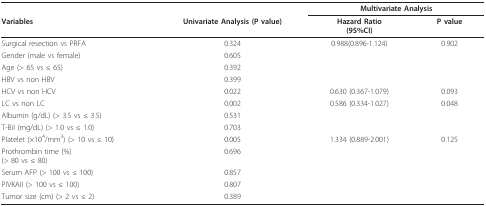
|  |  | <COLSPAN=2> Multivariate Analysis |
 | Variables | Univariate Analysis (P value) | Hazard Ratio(95%CI) | P value |
 | --- | --- | --- | --- |
 | Surgical resection vs PRFA | 0.324 | 0.988(0.896-1.124) | 0.902 |
 | Gender (male vs female) | 0.605 |  |  |
 | Age (> 65 vs ≤ 65) | 0.392 |  |  |
 | HBV vs non HBV | 0.399 |  |  |
 | HCV vs non HCV | 0.022 | 0.630 (0.367-1.079) | 0.093 |
 | LC vs non LC | 0.002 | 0.586 (0.334-1.027) | 0.048 |
 | Albumin (g/dL) (> 3.5 vs ≤ 3.5) | 0.531 |  |  |
 | T-Bil (mg/dL) (> 1.0 vs ≤ 1.0) | 0.703 |  |  |
 | Platelet (×104/mm3) (> 10 vs ≤ 10) | 0.005 | 1.334 (0.889-2.001) | 0.125 |
 | Prothrombin time (%)(> 80 vs ≤ 80) | 0.696 |  |  |
 | Serum AFP (> 100 vs ≤ 100) | 0.857 |  |  |
 | PIVKAII (> 100 vs ≤ 100) | 0.807 |  |  |
 | Tumor size (cm) (> 2 vs ≤ 2) | 0.389 |  |  |